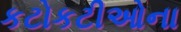
કટોકટીઓના